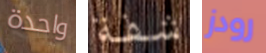
واحدة شفة رودز